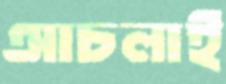
আচলাই